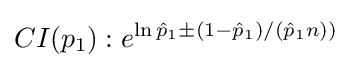
CI(p_{1}):e^{\ln {\hat {p}}_{1}\pm (1-{\hat {p}}_{1})/({\hat {p}}_{1}n))}